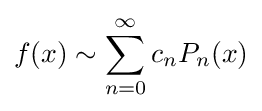
f(x)\sim \sum _{n=0}^{\infty }c_{n}P_{n}(x)